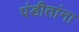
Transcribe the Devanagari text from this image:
पंडीतांना